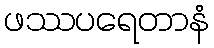
ဖဿပရေတာနံ